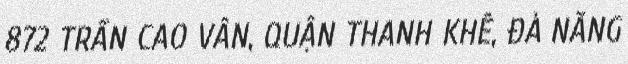
872 TRẦN CAO VÂN, QUẬN THANH KHÊ, ĐÀ NẴNG